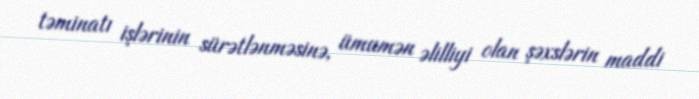
təminatı işlərinin sürətlənməsinə, ümumən əlilliyi olan şəxslərin maddi